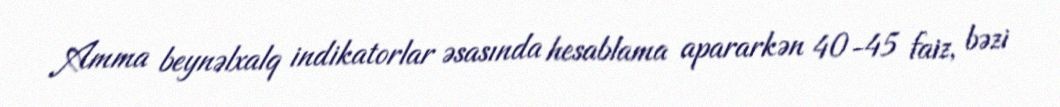
Amma beynəlxalq indikatorlar əsasında hesablama apararkən 40-45 faiz, bəzi